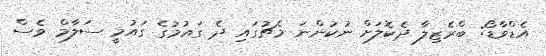
އެޑްވާޑޯ: ބްރެޒިލާ ދެކޮލަށް ނުކުންނަ މެޗުގައި ދެ ގައުމުގެ ގައުމީ ސަލާމް ވެސް